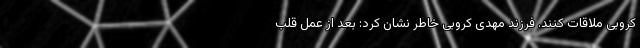
کروبی ملاقات کنند. فرزند مهدی کروبی خاطر نشان کرد: بعد از عمل قلب